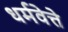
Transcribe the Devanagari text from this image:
धर्मवेत्ते